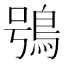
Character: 鴞